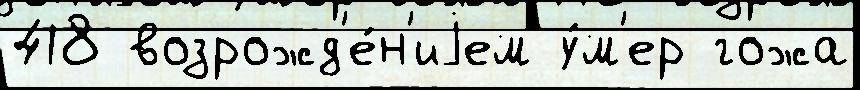
418 возрожд'е́н'иjем у́м'ер гожа